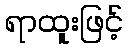
ရာထူးဖြင့်